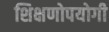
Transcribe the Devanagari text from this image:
शिक्षणोपयोगी